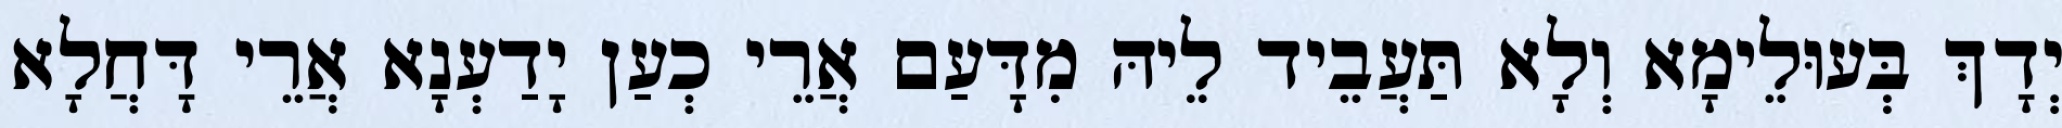
יְדָךְ בְּעוּלֵימָא וְלָא תַּעֲבֵיד לֵיהּ מִדָּעַם אֲרֵי כְעַן יָדַעְנָא אֲרֵי דָּחֲלָא